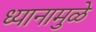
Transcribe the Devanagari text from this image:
ध्यानामुळे